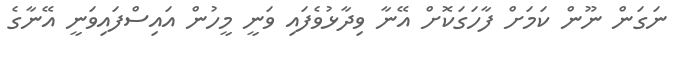
ނަގަން ނޫން ކަމަށް ފާހަގަކޮށް އޭނާ ވިދާޅުވެފައި ވަނީ މީހުން އައިސްފައިވަނީ އޭނާގެ